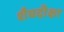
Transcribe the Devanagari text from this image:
शैवदीक्षा